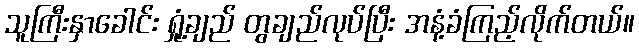
သူကြီးနှာခေါင်း ရှုံ့ချည် တွချည်လုပ်ပြီး အနံ့ခံကြည့်လိုက်တယ်။